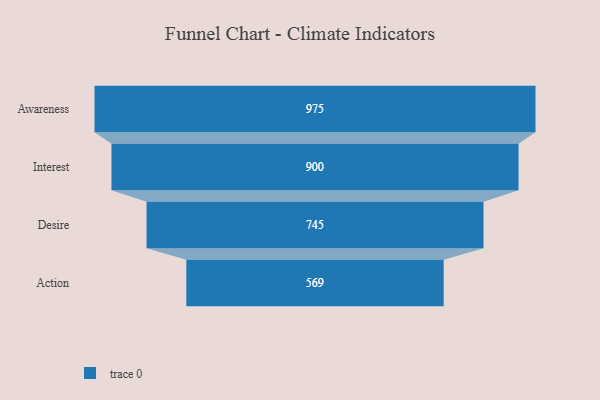
{"axis": {"x": "Stage", "y": "Value"}, "legend": [""], "data": [{"x": "Awareness", "y": 975.0, "type": ""}, {"x": "Interest", "y": 900.0, "type": ""}, {"x": "Desire", "y": 745.0, "type": ""}, {"x": "Action", "y": 569.0, "type": ""}]}